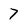
Character: 7